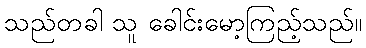
သည်တခါ သူ ခေါင်းမော့ကြည့်သည်။